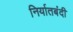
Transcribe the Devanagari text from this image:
निर्यातबंदी